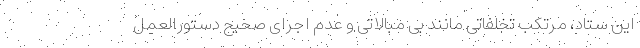
این ستاد، مرتکب تخلفاتی مانند بی مبالاتی و عدم اجرای صحیح دستورالعمل